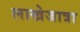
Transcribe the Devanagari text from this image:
लाखेजात्रा